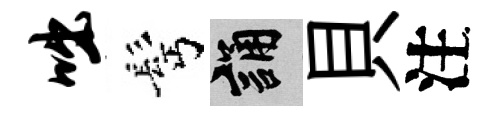
咄髩誦貝注